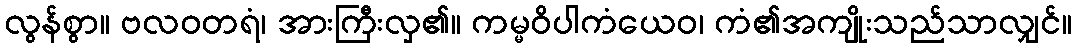
လွန်စွာ။ ဗလဝတရံ၊ အားကြီးလှ၏။ ကမ္မဝိပါကံယေဝ၊ ကံ၏အကျိုးသည်သာလျှင်။